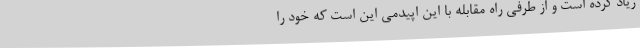
زیاد کرده است و از طرفی راه مقابله با این اپیدمی این است که خود را